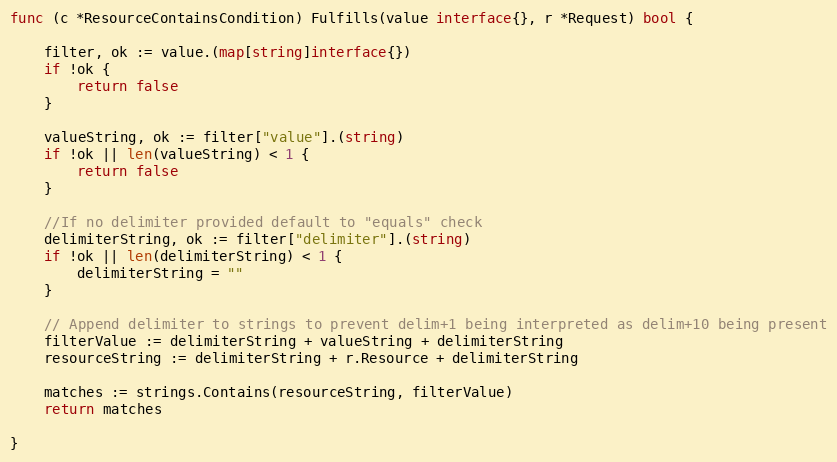
Language: Go
func (c *ResourceContainsCondition) Fulfills(value interface{}, r *Request) bool {

	filter, ok := value.(map[string]interface{})
	if !ok {
		return false
	}

	valueString, ok := filter["value"].(string)
	if !ok || len(valueString) < 1 {
		return false
	}

	//If no delimiter provided default to "equals" check
	delimiterString, ok := filter["delimiter"].(string)
	if !ok || len(delimiterString) < 1 {
		delimiterString = ""
	}

	// Append delimiter to strings to prevent delim+1 being interpreted as delim+10 being present
	filterValue := delimiterString + valueString + delimiterString
	resourceString := delimiterString + r.Resource + delimiterString

	matches := strings.Contains(resourceString, filterValue)
	return matches

}